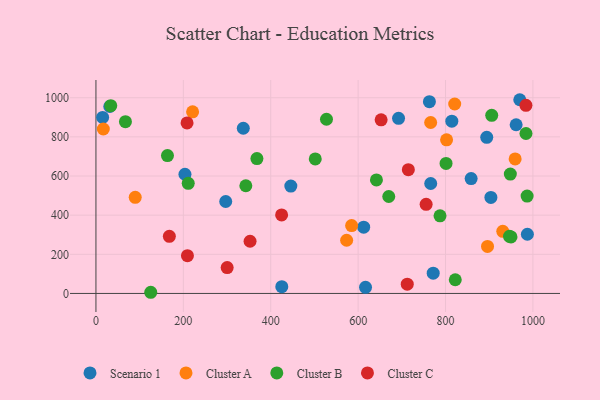
{"axis": {"x": "Experience", "y": "Demand"}, "legend": ["Cluster A", "Cluster B", "Cluster C", "Scenario 1"], "data": [{"x": "612.7", "y": 338.7, "type": "Scenario 1"}, {"x": "425.3", "y": 34.6, "type": "Scenario 1"}, {"x": "763.1", "y": 979.7, "type": "Scenario 1"}, {"x": "771.8", "y": 103.6, "type": "Scenario 1"}, {"x": "297.0", "y": 469.9, "type": "Scenario 1"}, {"x": "969.9", "y": 989.9, "type": "Scenario 1"}, {"x": "894.3", "y": 798.0, "type": "Scenario 1"}, {"x": "31.7", "y": 955.3, "type": "Scenario 1"}, {"x": "337.2", "y": 844.1, "type": "Scenario 1"}, {"x": "692.5", "y": 895.0, "type": "Scenario 1"}, {"x": "961.6", "y": 862.1, "type": "Scenario 1"}, {"x": "766.1", "y": 561.9, "type": "Scenario 1"}, {"x": "15.3", "y": 899.5, "type": "Scenario 1"}, {"x": "616.9", "y": 31.4, "type": "Scenario 1"}, {"x": "203.7", "y": 609.0, "type": "Scenario 1"}, {"x": "858.6", "y": 586.8, "type": "Scenario 1"}, {"x": "903.8", "y": 490.9, "type": "Scenario 1"}, {"x": "814.4", "y": 880.2, "type": "Scenario 1"}, {"x": "987.3", "y": 302.6, "type": "Scenario 1"}, {"x": "446.0", "y": 548.8, "type": "Scenario 1"}, {"x": "16.9", "y": 840.2, "type": "Cluster A"}, {"x": "896.1", "y": 240.1, "type": "Cluster A"}, {"x": "89.9", "y": 491.4, "type": "Cluster A"}, {"x": "802.4", "y": 785.2, "type": "Cluster A"}, {"x": "766.0", "y": 873.6, "type": "Cluster A"}, {"x": "585.1", "y": 347.0, "type": "Cluster A"}, {"x": "821.0", "y": 968.0, "type": "Cluster A"}, {"x": "931.0", "y": 317.4, "type": "Cluster A"}, {"x": "221.2", "y": 928.2, "type": "Cluster A"}, {"x": "959.3", "y": 687.2, "type": "Cluster A"}, {"x": "573.7", "y": 271.9, "type": "Cluster A"}, {"x": "211.2", "y": 562.6, "type": "Cluster B"}, {"x": "125.4", "y": 6.0, "type": "Cluster B"}, {"x": "527.6", "y": 890.1, "type": "Cluster B"}, {"x": "33.9", "y": 959.6, "type": "Cluster B"}, {"x": "986.7", "y": 497.5, "type": "Cluster B"}, {"x": "67.5", "y": 877.8, "type": "Cluster B"}, {"x": "787.4", "y": 396.9, "type": "Cluster B"}, {"x": "163.7", "y": 704.5, "type": "Cluster B"}, {"x": "905.7", "y": 910.4, "type": "Cluster B"}, {"x": "343.0", "y": 550.2, "type": "Cluster B"}, {"x": "670.1", "y": 495.3, "type": "Cluster B"}, {"x": "801.2", "y": 664.6, "type": "Cluster B"}, {"x": "948.3", "y": 609.9, "type": "Cluster B"}, {"x": "949.8", "y": 288.7, "type": "Cluster B"}, {"x": "368.4", "y": 689.0, "type": "Cluster B"}, {"x": "946.4", "y": 291.9, "type": "Cluster B"}, {"x": "501.9", "y": 687.3, "type": "Cluster B"}, {"x": "641.9", "y": 580.1, "type": "Cluster B"}, {"x": "822.3", "y": 70.0, "type": "Cluster B"}, {"x": "984.1", "y": 817.3, "type": "Cluster B"}, {"x": "984.0", "y": 961.3, "type": "Cluster C"}, {"x": "208.5", "y": 871.1, "type": "Cluster C"}, {"x": "352.7", "y": 266.8, "type": "Cluster C"}, {"x": "168.0", "y": 292.0, "type": "Cluster C"}, {"x": "652.6", "y": 887.1, "type": "Cluster C"}, {"x": "209.4", "y": 192.9, "type": "Cluster C"}, {"x": "755.6", "y": 455.2, "type": "Cluster C"}, {"x": "424.9", "y": 401.1, "type": "Cluster C"}, {"x": "714.9", "y": 632.3, "type": "Cluster C"}, {"x": "712.4", "y": 47.5, "type": "Cluster C"}, {"x": "300.3", "y": 132.4, "type": "Cluster C"}]}